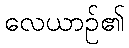
လေယာဉ်၏